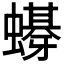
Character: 𲀉